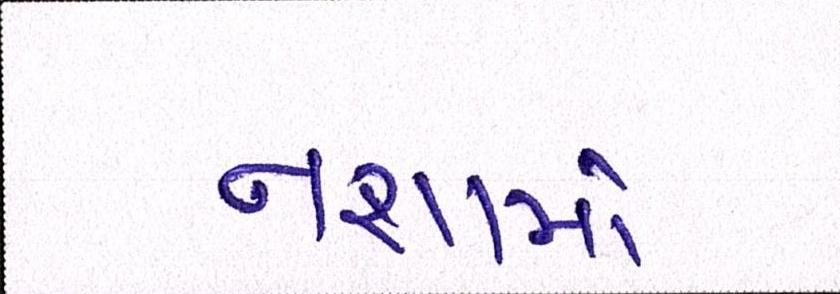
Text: નશામાં